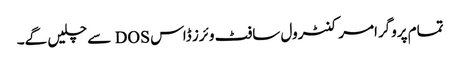
تمام پروگرامر کنٹرول سافٹ وئرز ڈاس DOS سے چلیں گے۔